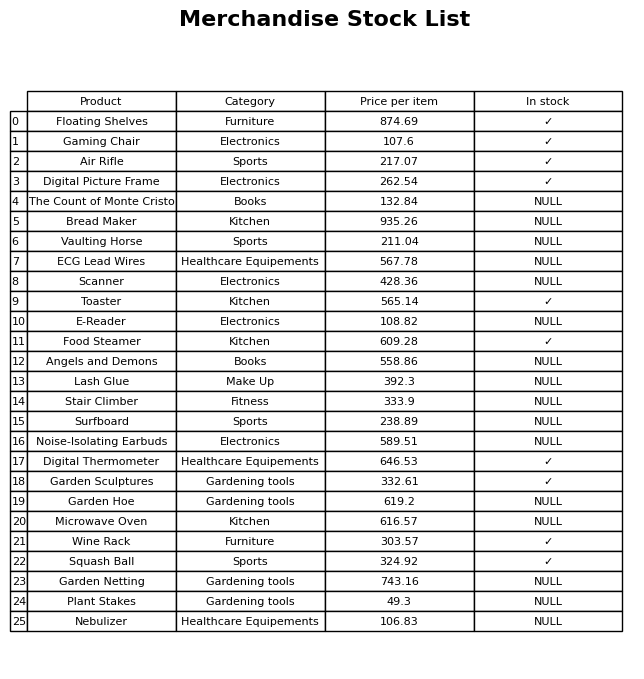
question: What is the price of the Angels and Demons?
answer: The price of Angels and Demons is 558.86.